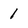
Character: 1